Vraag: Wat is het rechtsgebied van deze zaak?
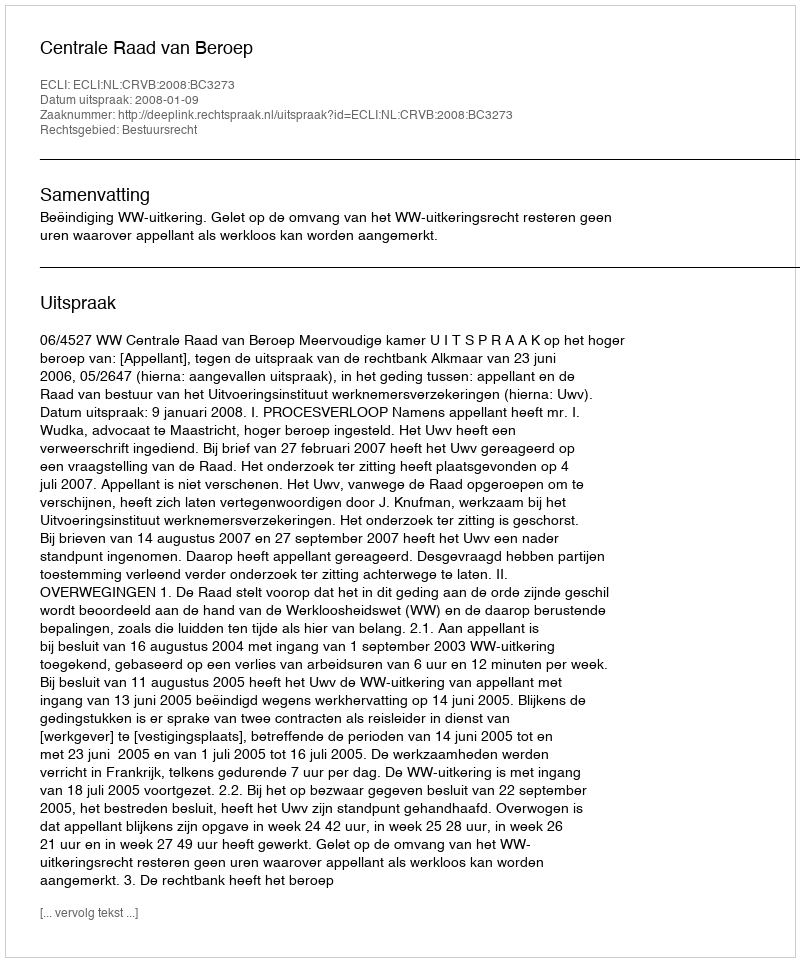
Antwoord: Bestuursrecht